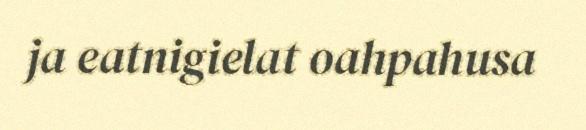
ja eatnigielat oahpahusa